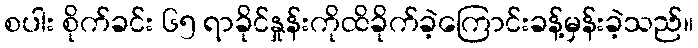
စပါး စိုက်ခင်း ၆၅ ရာခိုင်နှုန်းကိုထိခိုက်ခဲ့ကြောင်းခန့်မှန်းခဲ့သည်။